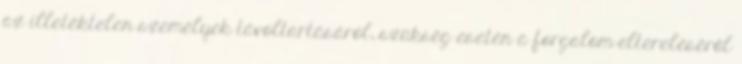
az illetéktelen személyek távoltartásáról, szükség esetén a forgalom eltereléséről